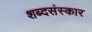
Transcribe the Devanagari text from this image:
शब्दसंस्कार